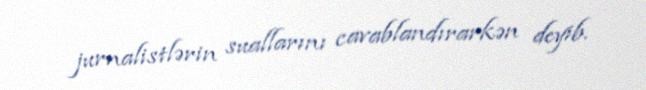
jurnalistlərin suallarını cavablandırarkən deyib.